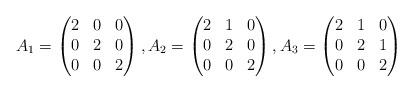
LaTeX: \begin{align*}A_1=\begin{pmatrix}2&0&0\\0&2&0\\0&0&2\end{pmatrix}, A_2=\begin{pmatrix}2&1&0\\0&2&0\\0&0&2\end{pmatrix},A_3=\begin{pmatrix}2&1&0\\0&2&1\\0&0&2\end{pmatrix}\end{align*}